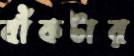
বাঁকটার